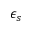
\epsilon _ { s }